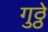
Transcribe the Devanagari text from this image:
गुठ्ठे